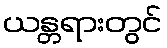
ယန္တရားတွင်